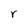
Character: r